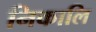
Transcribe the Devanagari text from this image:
निकालि